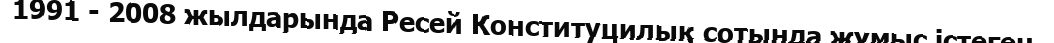
1991 - 2008 жылдарында Ресей Конституцилық сотында жұмыс істеген.